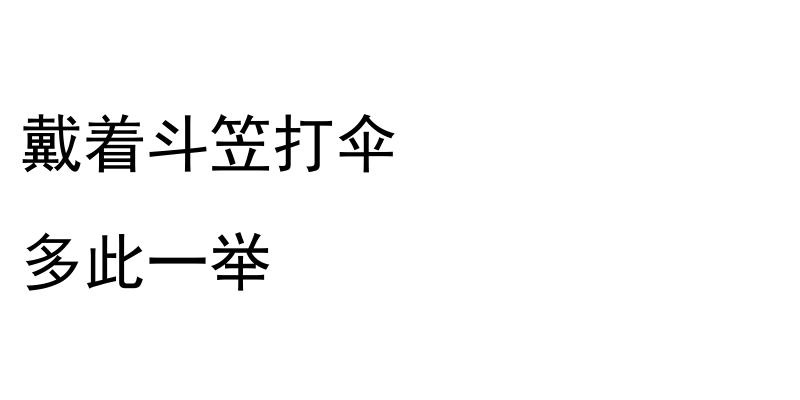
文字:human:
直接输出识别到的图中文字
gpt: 戴着斗笠打伞 多此一举